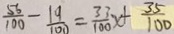
\frac { 5 6 } { 1 0 0 } - \frac { 1 9 } { 1 0 0 } = \frac { 3 3 } { 1 0 0 } x + \frac { 3 5 } { 1 0 0 }